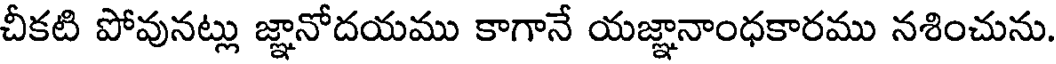
చీకటి పోవునట్లు జ్ఞానోదయము కాగానే యజ్ఞానాంధకారము నశించును.